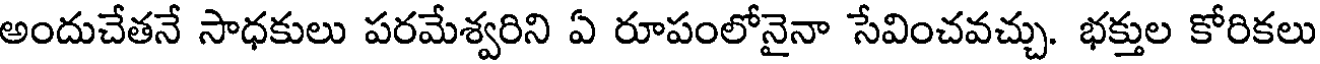
అందుచేతనే సాధకులు పరమేశ్వరిని ఏ రూపంలోనైనా సేవించవచ్చు. భక్తుల కోరికలు